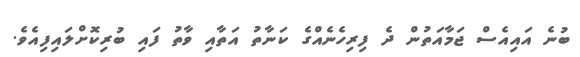
ބުނެ އައިއެސް ޖަމާއަތުން ދެ ފިރިހެނެއްގެ ކަނާތު އަތާއި ވާތު ފައި ބުރިކޮށްލައިފިއެވެ.